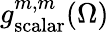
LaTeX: g_{\mathrm{scalar}}^{m,m}(\Omega)